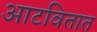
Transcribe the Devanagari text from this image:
आटवितात